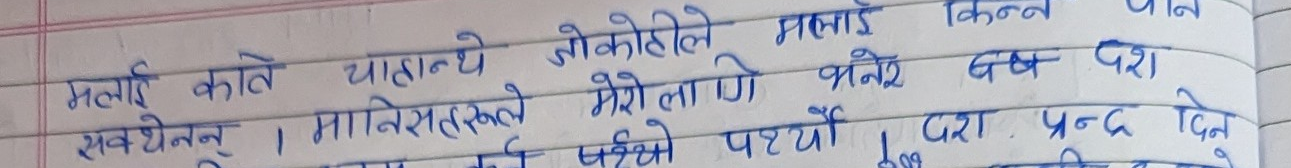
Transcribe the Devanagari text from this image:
मलाई कति चाहन्थे जोकोहीले मलाई किन्न पाइने
सबैथुम् । मानिसहरूले मेरो लागि भनेर यस दश पर्यो दश । प्रन्द दिन